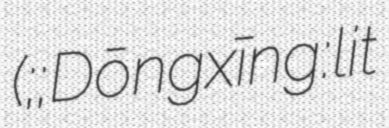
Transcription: (东兴; 東興; Dōngxīng: lit